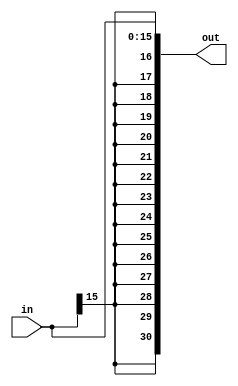
module signextend(out,in);
input [15:0] in;
output [31:0] out;
genvar i;
generate for (i=0; i<16;i=i+1) begin: some_loop
or o1(out[i],in[i],0);
end
endgenerate
wire w1;
or oe(w1,in[15],0);
genvar j;
generate for (j=16; j<31;j=j+1) begin: new_loop
or o3(out[j],w1,0);
end
endgenerate
endmodule
/*
module muxmonitor;
reg [15:0] in;
wire [31:0] out;
signextend S1(out,in);
initial
$monitor($time," out=%b in=%b ",out,in);
initial
begin
#20 in=16'hAFAF;
#40 in=16'h1111;
#60 $finish;
end
endmodule